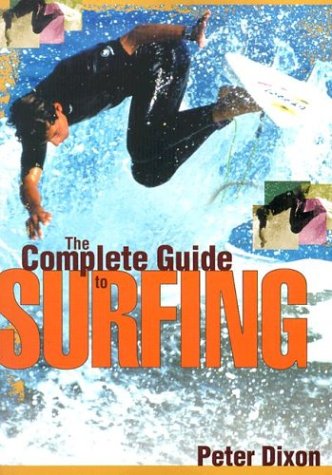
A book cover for The Complete Guide to Surfing; Peter Dixon; Sports & Outdoors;